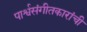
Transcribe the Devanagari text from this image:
पार्श्वसंगीतकारांची